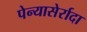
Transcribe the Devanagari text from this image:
पेन्यासेर्रादा